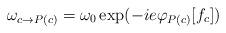
LaTeX: \begin{align*}\omega_{c \rightarrow P(c)} = \omega_{0} \exp( - i e\varphi_{P(c)}[f_{c}])\end{align*}